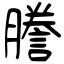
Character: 謄